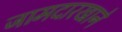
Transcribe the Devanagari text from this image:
जामदारखाने